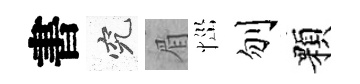
書究眉𢙉刎顆